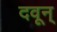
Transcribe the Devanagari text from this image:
दवून्